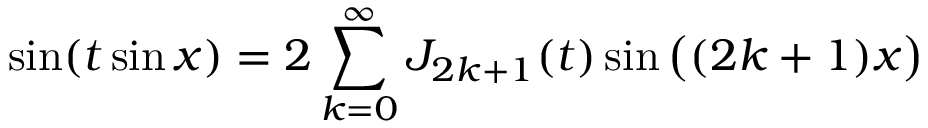
\sin ( t \sin x ) = 2 \sum _ { k = 0 } ^ { \infty } J _ { 2 k + 1 } ( t ) \sin { \big ( } ( 2 k + 1 ) x { \big ) }